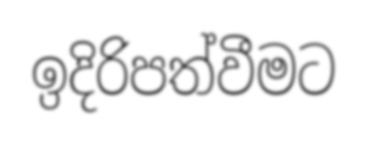
ඉදිරිපත්වීමට